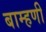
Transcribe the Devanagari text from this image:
बाम्हणी